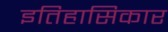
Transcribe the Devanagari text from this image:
इतिहासिकार